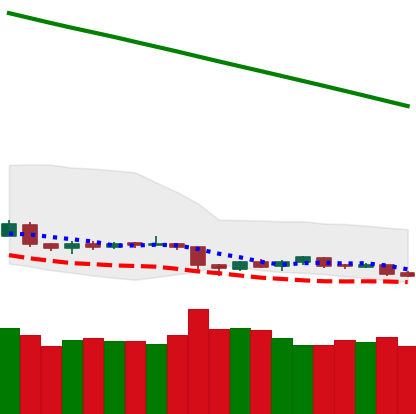
Ticker: BTC-USD
Chart end date: 2019-02-07
Forward return: 7.473%
Label: up_7plus